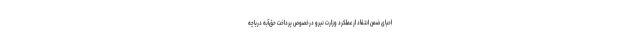
احیای ضمن انتقاد از عملکرد وزارت نیرو درخصوص پرداخت حق‌آبه دریاچه